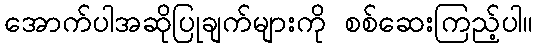
အောက်ပါအဆိုပြုချက်များကို စစ်ဆေးကြည့်ပါ။